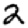
Digit: 2